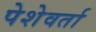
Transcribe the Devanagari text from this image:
पेशेवर्ता